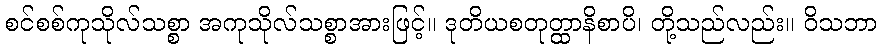
စင်စစ်ကုသိုလ်သစ္စာ အကုသိုလ်သစ္စာအားဖြင့်။ ဒုတိယစတုတ္ထာနိစာပိ၊ တို့သည်လည်း။ ဝိသဘာ